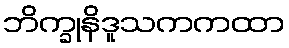
ဘိက္ခုနိဒူသကကထာ